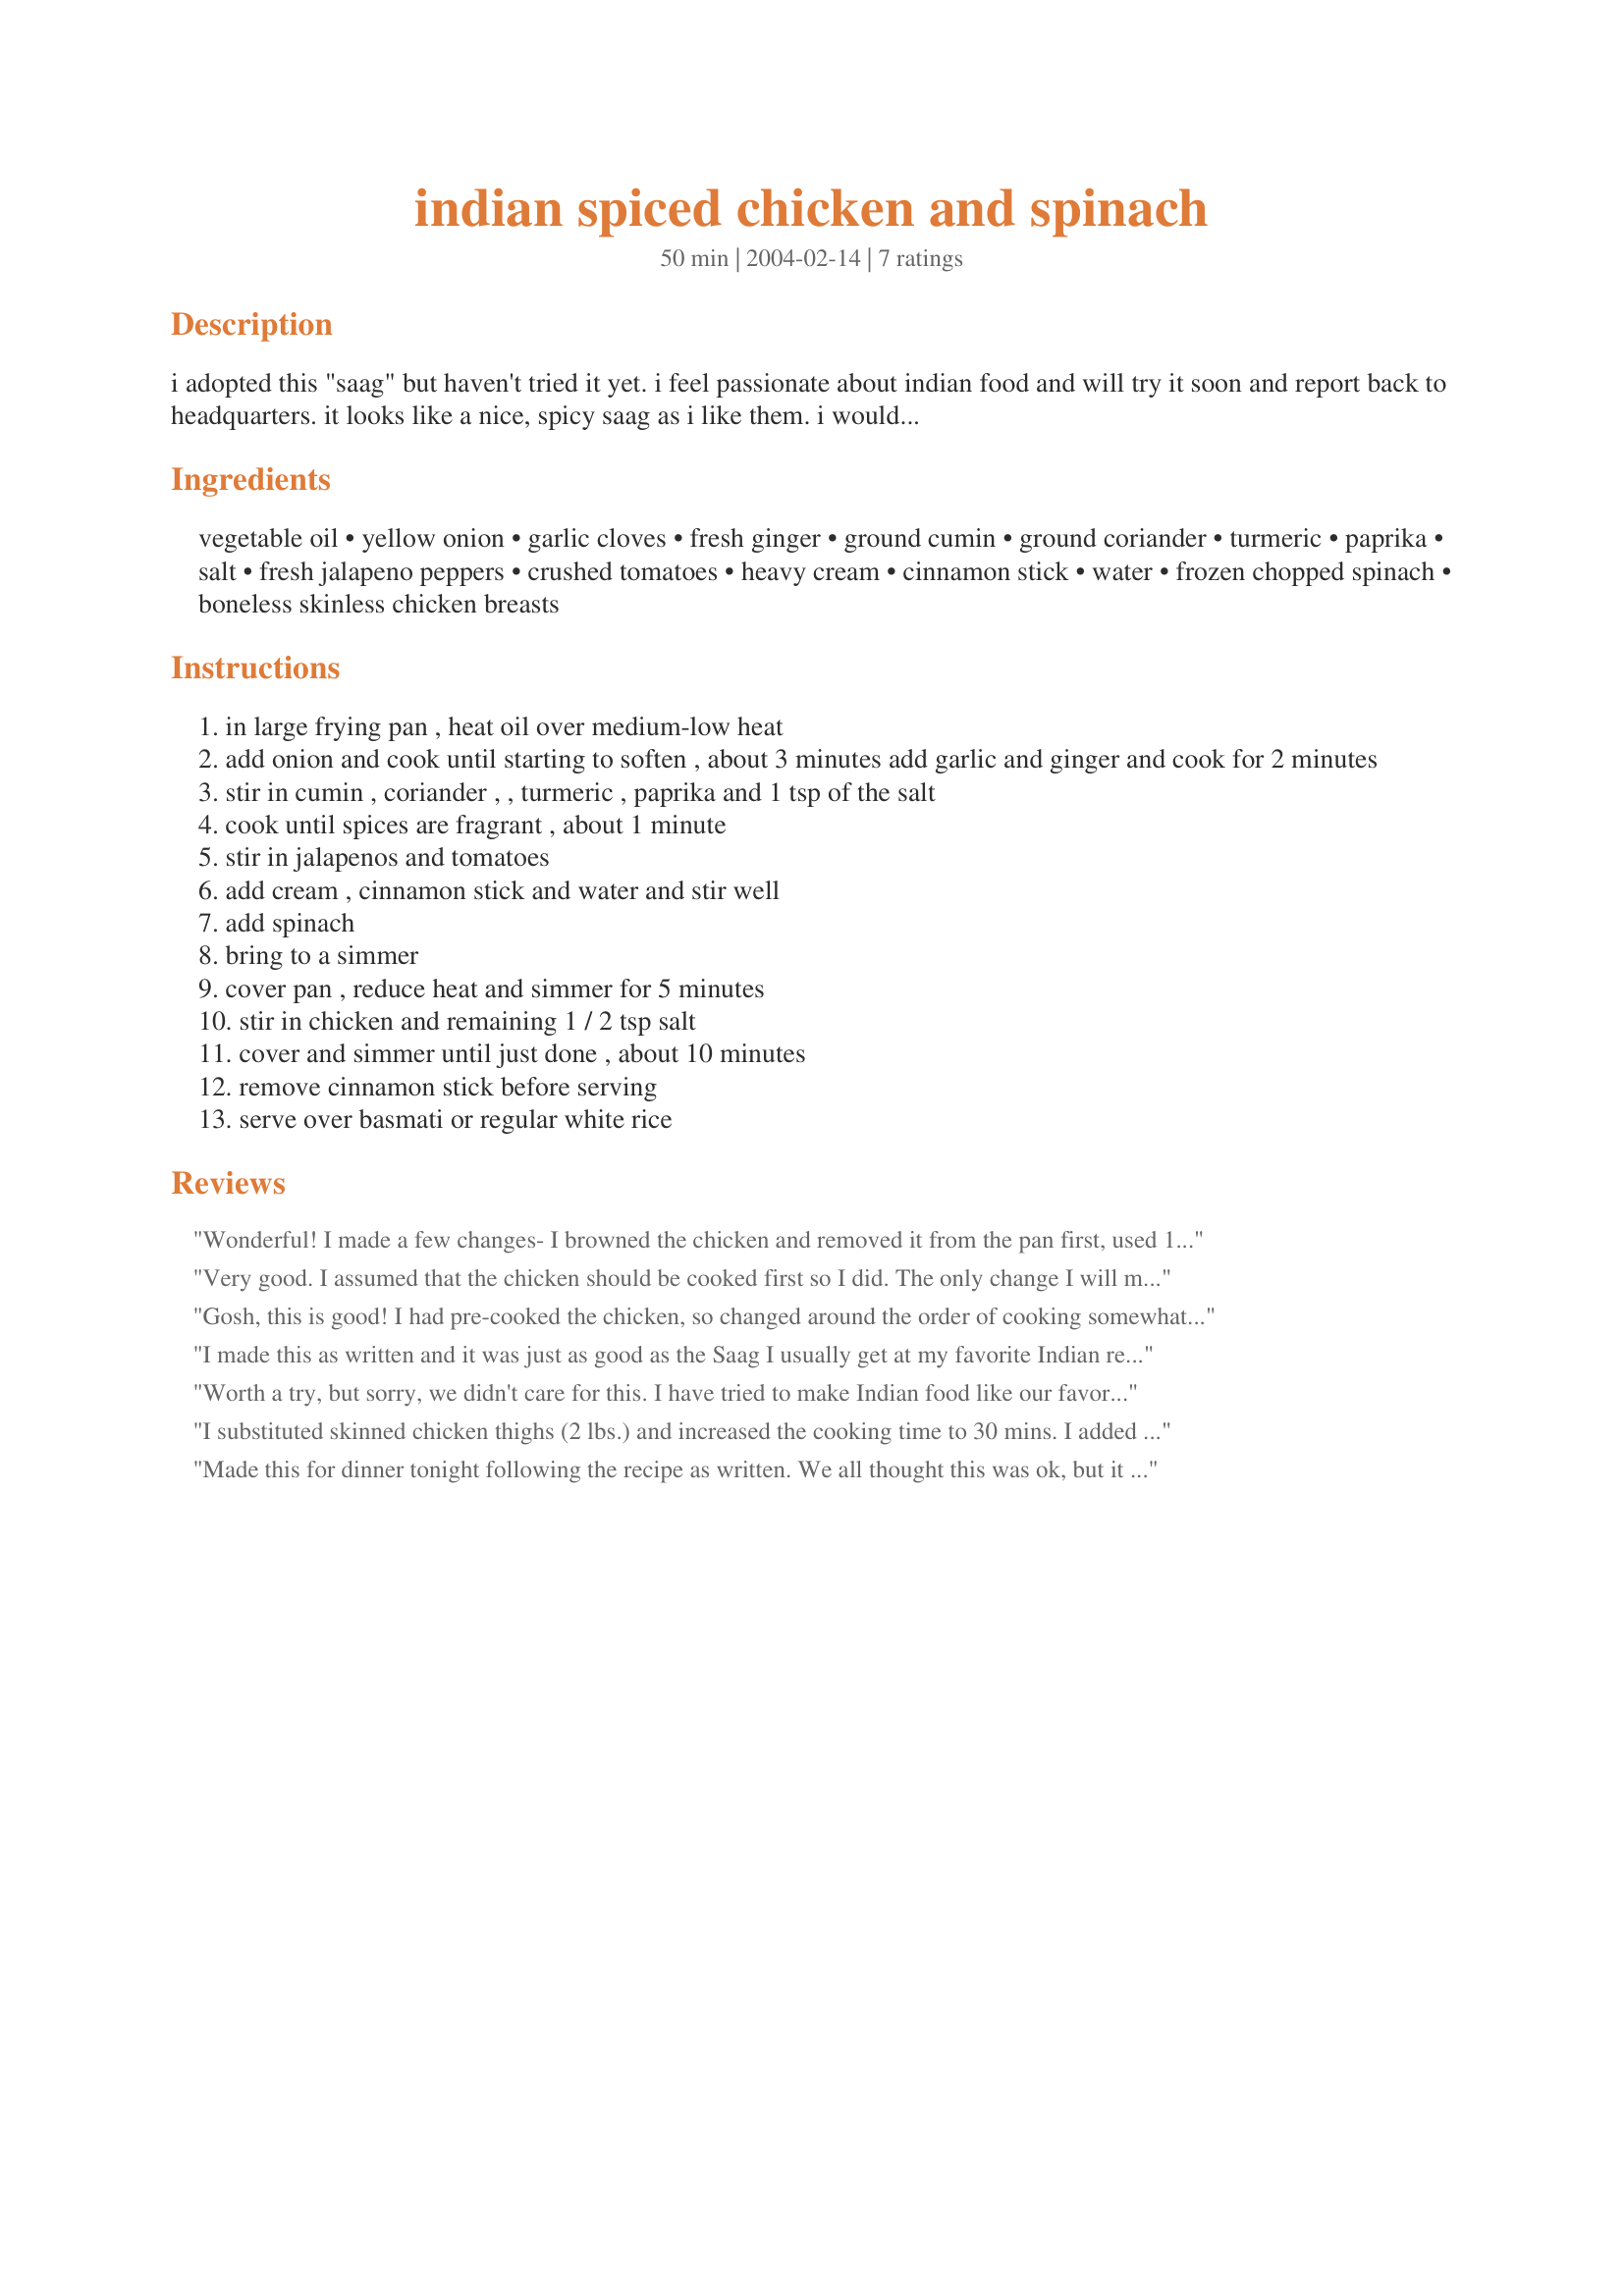
indian spiced chicken and spinach
Preparation time: 50 minutes

i adopted this "saag" but haven't tried it yet. i feel passionate about indian food and will try it soon and report back to headquarters. it looks like a nice, spicy saag as i like them. i would tend to saute the chicken in oil before adding to the other ingredients. farmers cheese (paneer) could be substituted for the chicken as could lamb.

Ingredients:
vegetable oil, yellow onion, garlic cloves, fresh ginger, ground cumin, ground coriander, turmeric, paprika, salt, fresh jalapeno peppers, crushed tomatoes, heavy cream, cinnamon stick, water, frozen chopped spinach, boneless skinless chicken breasts

Steps:
in large frying pan , heat oil over medium-low heat
add onion and cook until starting to soften , about 3 minutes add garlic and ginger and cook for 2 minutes
stir in cumin , coriander , , turmeric , paprika and 1 tsp of the salt
cook until spices are fragrant , about 1 minute
stir in jalapenos and tomatoes
add cream , cinnamon stick and water and stir well
add spinach
bring to a simmer
cover pan , reduce heat and simmer for 5 minutes
stir in chicken and remaining 1 / 2 tsp salt
cover and simmer until just done , about 10 minutes
remove cinnamon stick before serving
serve over basmati or regular white rice

Reviews:
Wonderful! I made a few changes- I browned the chicken and removed it from the pan first, used 1 cup of 1/2 & 1/2 instead of heavy cream, and used 1 can of chicken broth in place of the water. I also added 4 jalapenos because my family likes food HOT! We will be putting this in our Favorite Recipes!!
Very good. I assumed that the chicken should be cooked first so I did. The only change I will make next time is the Ginger should be minced not just chopped. But it was the recipe I was searching for, besides that my wife say's that I need to make it often.
Gosh, this is good! I had pre-cooked the chicken, so changed around the order of cooking somewhat, used chicken stock instead of water, and halved the amounts of chicken and green leafy veggies, while keeping the amounts for the sauce unchanged. I did use a Japanese type of vegetable, komatsuna, which is similar to spinach. I was a little wary of the cinnamon stick, but was very happy with all of the spices and amounts. Thank you very much for sharing this recipe with us.
I made this as written and it was just as good as the Saag I usually get at my favorite Indian restaurant. 
I will make this again soon but next time I will leave out the chicken...double the rest and serve it with Tandoori Chicken and Rice. Thanks *Shelly*!
Worth a try, but sorry, we didn't care for this. I have tried to make Indian food like our favorite resaurant, but can't seem to do it. This dish was full of spices, but they didn't really seem to blend well for me, even as leftovers. But I did make some (minor) changes, so didn't leave stars. I halved the recipe, but used less chicken. Subbed whole milk for the cream (since we drink skim, is essentially cream to me!), used pickled jalapenos, and since the fresh ginger didn't make it home from the store, used powder. Although these are a lot of changes, don't think it would've made that much difference. Guess I'll have to leave it up to the restaurant!
I substituted skinned chicken thighs (2 lbs.) and increased the cooking time to 30 mins. I added the spinach and cream after the chicken was cooked.

Made this for dinner tonight following the recipe as written. We all thought this was ok, but it didn&#039;t &quot;Wow&quot; anyone. Everyone in our house rated this 3 or 4 stars. Served over rice.
